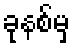
ခုနစ်မှ